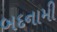
બદનામી